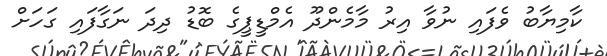
ކާމިޔާބު ވެފައި ނުވާ އިރު މާމެންދޫ އެމްޑީޕީގެ ބޮޑު ދިދަ ނަގާފައި ގަހަށް